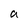
Character: a